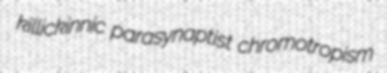
killickinnic parasynaptist chromotropism